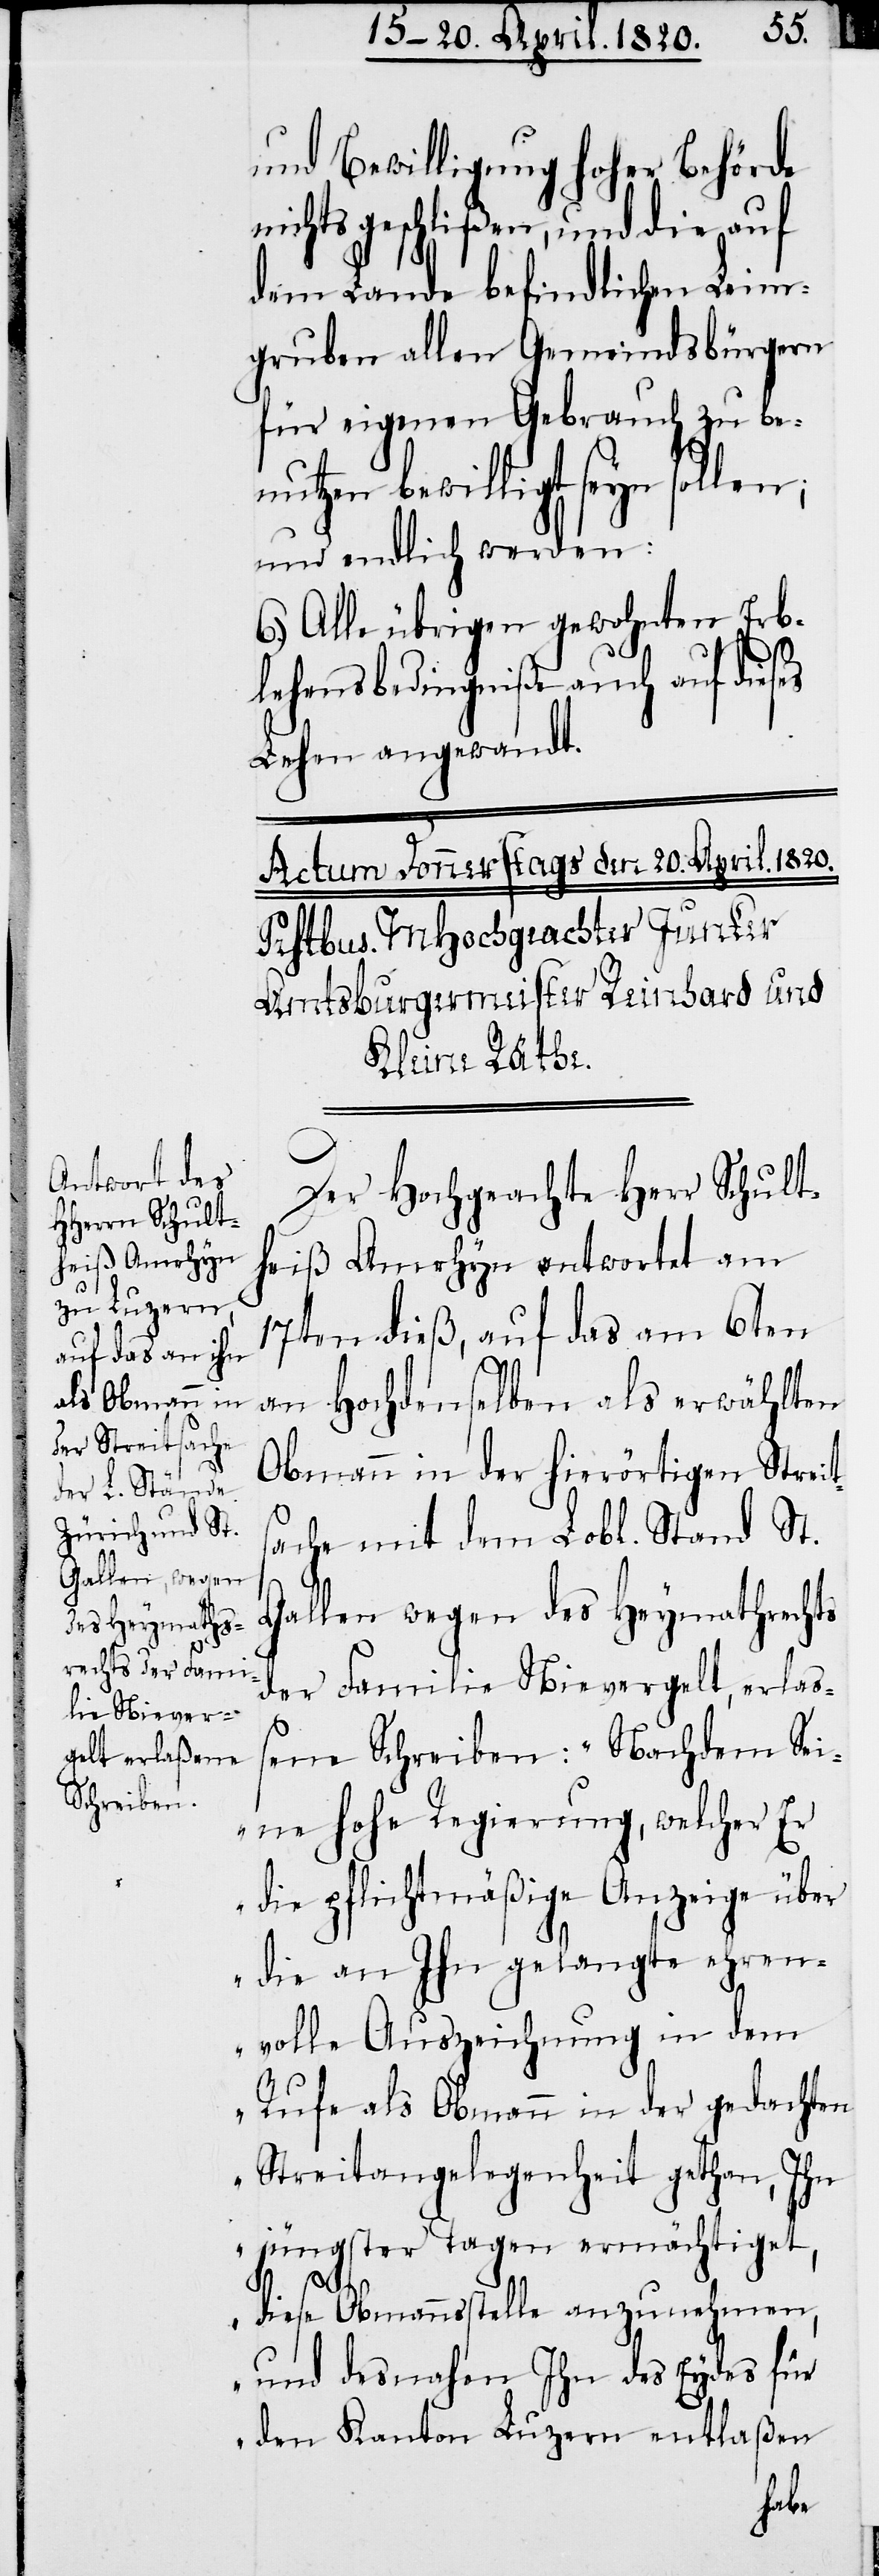
und Bewilligung Hoher Behörde
ichts geschliβen, und die auf
dem Lande befindlichen Leim¬
gruben allen Gemeindsbürgern
für eigenen Gebrauch zu be¬
nutzen bewilligt seyn sollen;
und endlich werden:
6.) Alle übrigen gewohnten Erb¬
lehensbedingniβe auch auf dieses
n¬
Lehen angewandt.
Der Hochgeachte Herr Schult¬
heiß Amrhyn antwortet am
17ten dieß, auf das am 6ten
an Hochdenselben als erwählten
Obmann in der hierörtigen Streit¬
sache mit dem Lobl. Stand St.
Gallen wegen des Heymathrechts
der Familie Nievergelt, erlas¬
sene Schreiben: „Nachdem Sei¬
ne Hohe Regierung, welcher Er
die pflichtmäßige Anzeige über
die an Ihn gelangte ehren¬
volle Auszeichnung in dem
Rufe als Obmann in der gedachten
Streitangelegenheit gethan, Ihn
jüngster Tagen ermächtiget,
diese Obmannsstelle anzunehmen,
und desnahen Ihn des Eydes für
den Kanton Luzern entlaßen